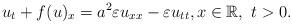
LaTeX: \begin{align*}u_t + f(u)_x = a^2 \varepsilon u_{xx} - \varepsilon u_{tt}, x\in \mathbb{R}, ~ t>0.\\\end{align*}